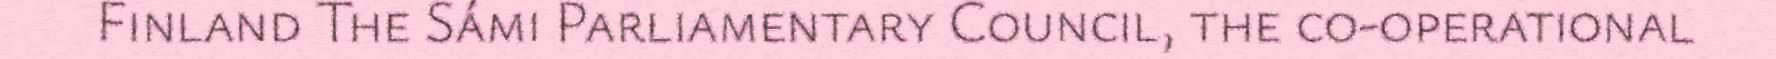
Finland The Sámi Parliamentary Council, the co-operational